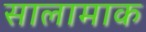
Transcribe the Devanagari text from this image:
सालामाक